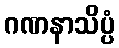
ဂဏနာသိပ္ပံ